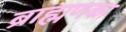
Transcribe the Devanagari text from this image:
ब्राह्मणका